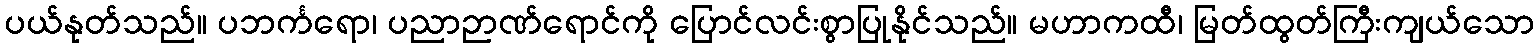
ပယ်နုတ်သည်။ ပဘင်္ကရော၊ ပညာဉာဏ်ရောင်ကို ပြောင်လင်းစွာပြုနိုင်သည်။ မဟာကထီ၊ မြတ်ထွတ်ကြီးကျယ်သော